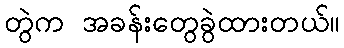
တွဲက အခန်းတွေခွဲထားတယ်။